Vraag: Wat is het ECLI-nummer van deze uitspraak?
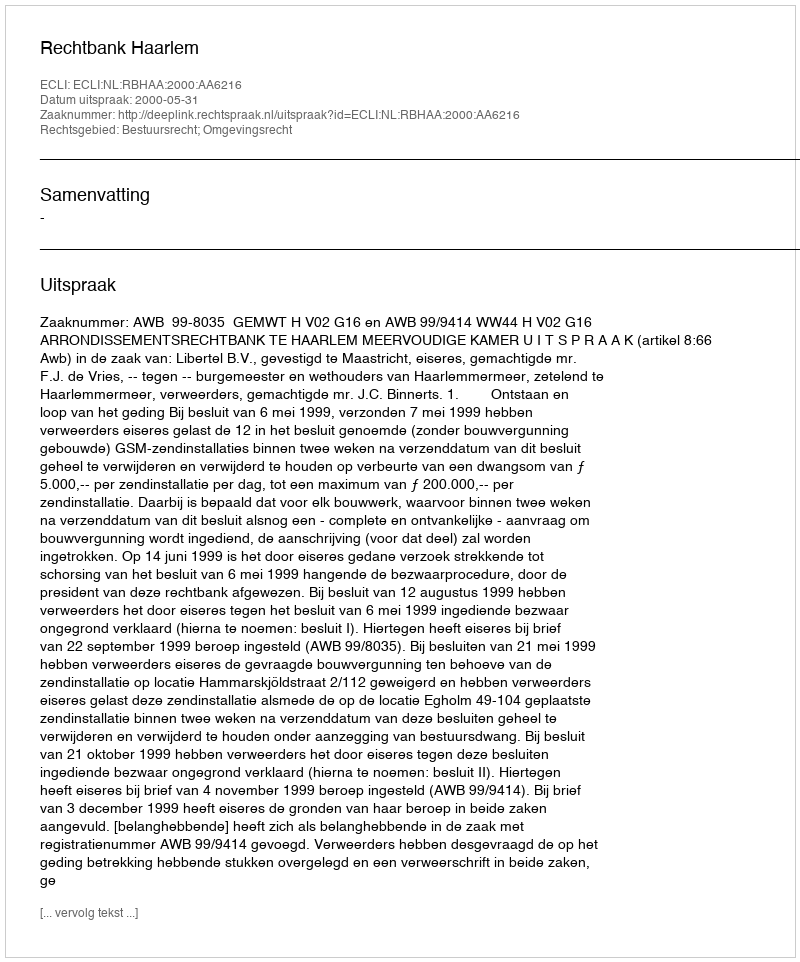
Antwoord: ECLI:NL:RBHAA:2000:AA6216